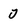
Character: 0